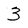
Character: 3